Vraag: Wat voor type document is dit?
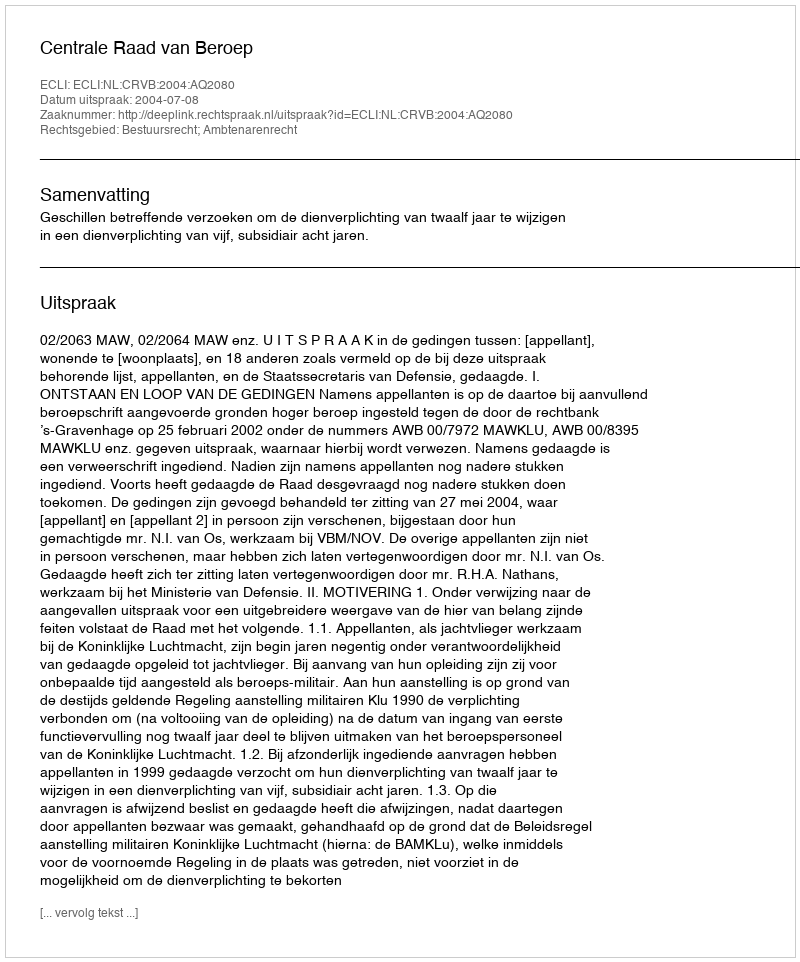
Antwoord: Uitspraak